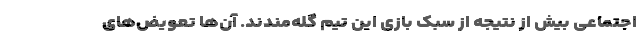
اجتماعی بیش از نتیجه از سبک بازی این تیم گله‌مندند. آن‌ها تعویض‌های